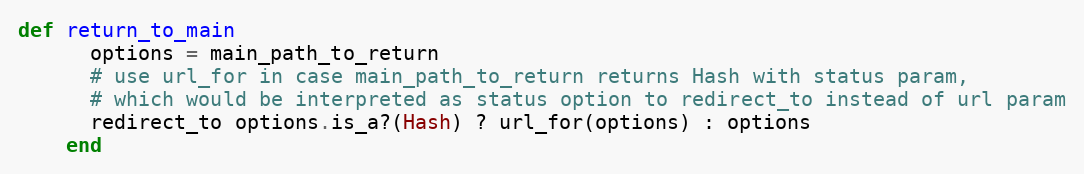
Language: Ruby
def return_to_main
      options = main_path_to_return
      # use url_for in case main_path_to_return returns Hash with status param,
      # which would be interpreted as status option to redirect_to instead of url param
      redirect_to options.is_a?(Hash) ? url_for(options) : options
    end